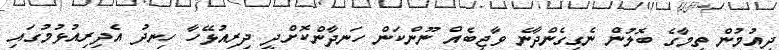
ދިއުމުން ތިމާގެ ބޮލުން ނެގިގެންދާނެ ވާޖިބެއް ނޫންކަން ހަނދާންކޮށްދީ ދިރިއުޅޭހާ ހިނދު އެދިރިއުޅުމުގައި